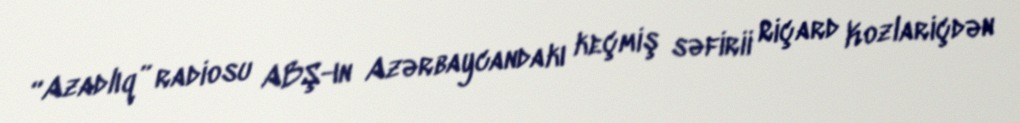
“Azadlıq” radiosu ABŞ-ın Azərbaycandakı keçmiş səfirii Riçard Kozlariçdən